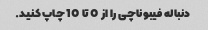
دنباله فیبوناچی را از 0 تا 10 چاپ کنید.